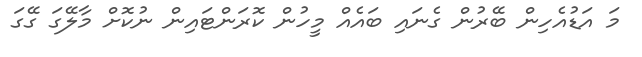
މަ އަޑުއެހިން ބޭރުން ގެނައި ބައެއް މީހުން ކޮރަންޓައިން ނުކޮށް މާލޭގަ ގޭގަ